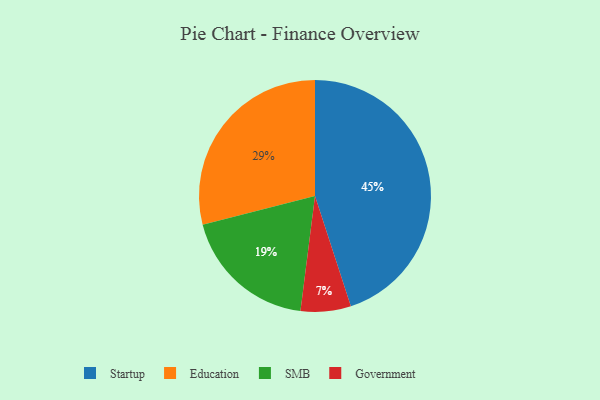
{"axis": {"x": "Category", "y": "Percentage"}, "legend": ["Education", "Government", "SMB", "Startup"], "data": [{"x": "Education", "y": 29, "type": "Education"}, {"x": "Government", "y": 7, "type": "Government"}, {"x": "SMB", "y": 19, "type": "SMB"}, {"x": "Startup", "y": 45, "type": "Startup"}]}